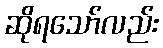
ဆိုရသော်လည်း